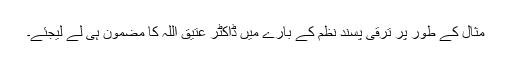
مثال کے طور پر ترقی پسند نظم کے بارے میں ڈاکٹر عتیق اللہ کا مضمون ہی لے لیجئے۔